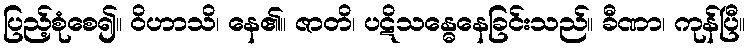
ပြည့်စုံစေ၍။ ဝိဟာသိ၊ နေ၏။ ဇာတိ၊ ပဋိသန္ဓေနေခြင်းသည်။ ခီဏာ၊ ကုန်ပြီ။